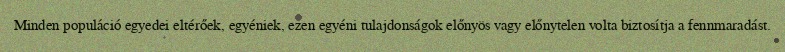
Minden populáció egyedei eltérőek, egyéniek, ezen egyéni tulajdonságok előnyös vagy előnytelen volta biztosítja a fennmaradást.